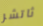
ثاتشر